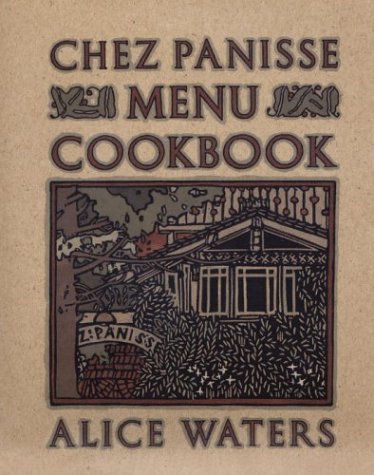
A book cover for Chez Panisse Menu Cookbook; Alice Waters; Cookbooks, Food & Wine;